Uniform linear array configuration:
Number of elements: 48
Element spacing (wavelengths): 1
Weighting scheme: hamming
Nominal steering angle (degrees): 15
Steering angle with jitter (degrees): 13.881
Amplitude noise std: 0.05
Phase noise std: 0.05

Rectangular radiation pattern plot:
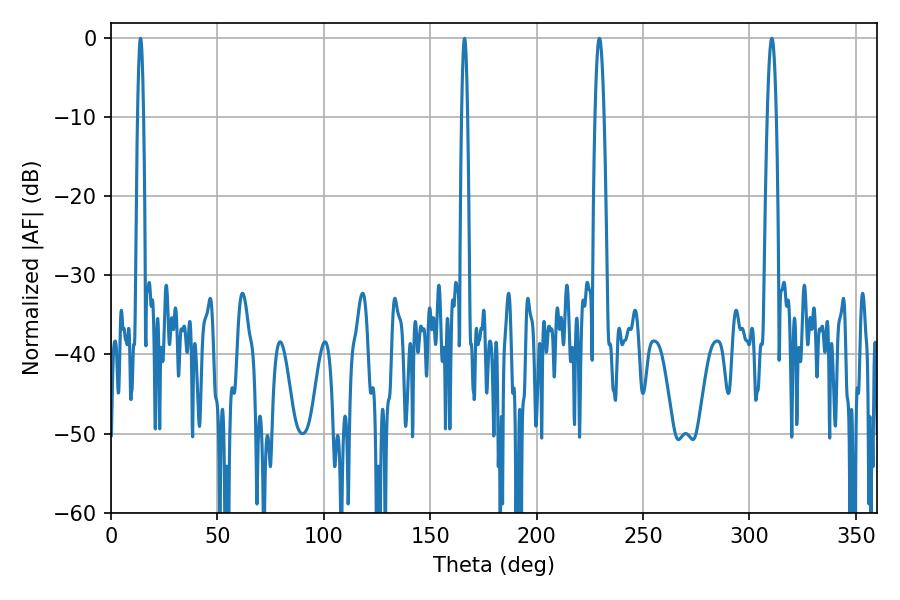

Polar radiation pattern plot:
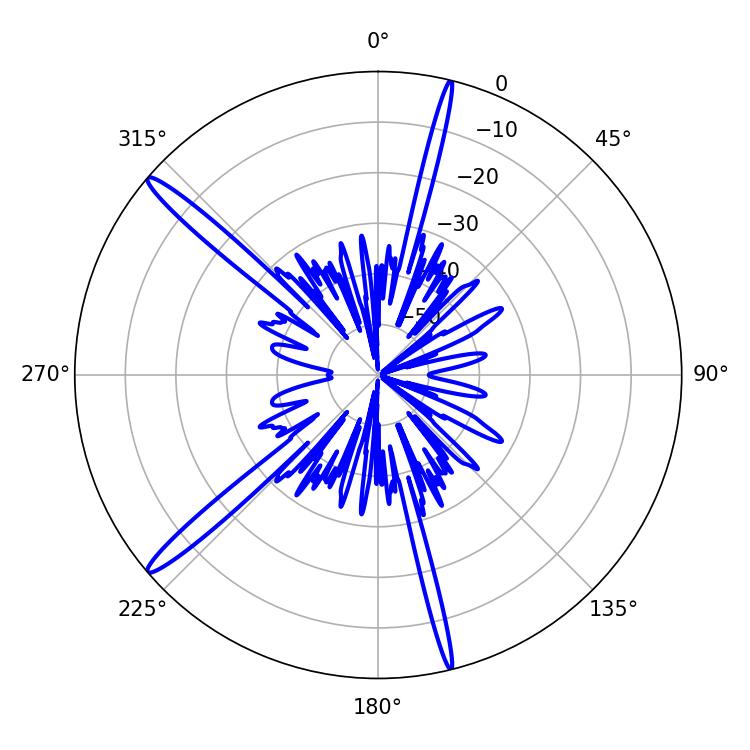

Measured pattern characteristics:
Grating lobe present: TRUE
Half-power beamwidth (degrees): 2.16
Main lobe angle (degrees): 310.5